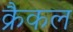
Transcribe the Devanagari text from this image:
क्रैकल